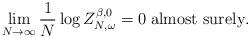
LaTeX: \begin{align*}\lim_{N\rightarrow \infty} \frac{1}{N}\log Z_{N,\omega}^{\beta,0} =0 \; \mbox{almost surely}.\end{align*}